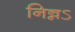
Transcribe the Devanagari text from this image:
निन्नऽ